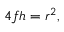
4 f h = r ^ { 2 } ,